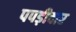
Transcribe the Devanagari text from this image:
पपड़ीदार